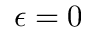
\epsilon = 0